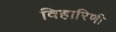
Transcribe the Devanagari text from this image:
विहारिणी